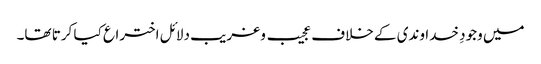
میں وجودِ خداوندی کے خلاف عجیب و غریب دلائل اختراع کیا کرتا تھا۔